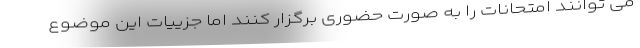
می توانند امتحانات را به صورت حضوری برگزار کنند اما جزییات این موضوع